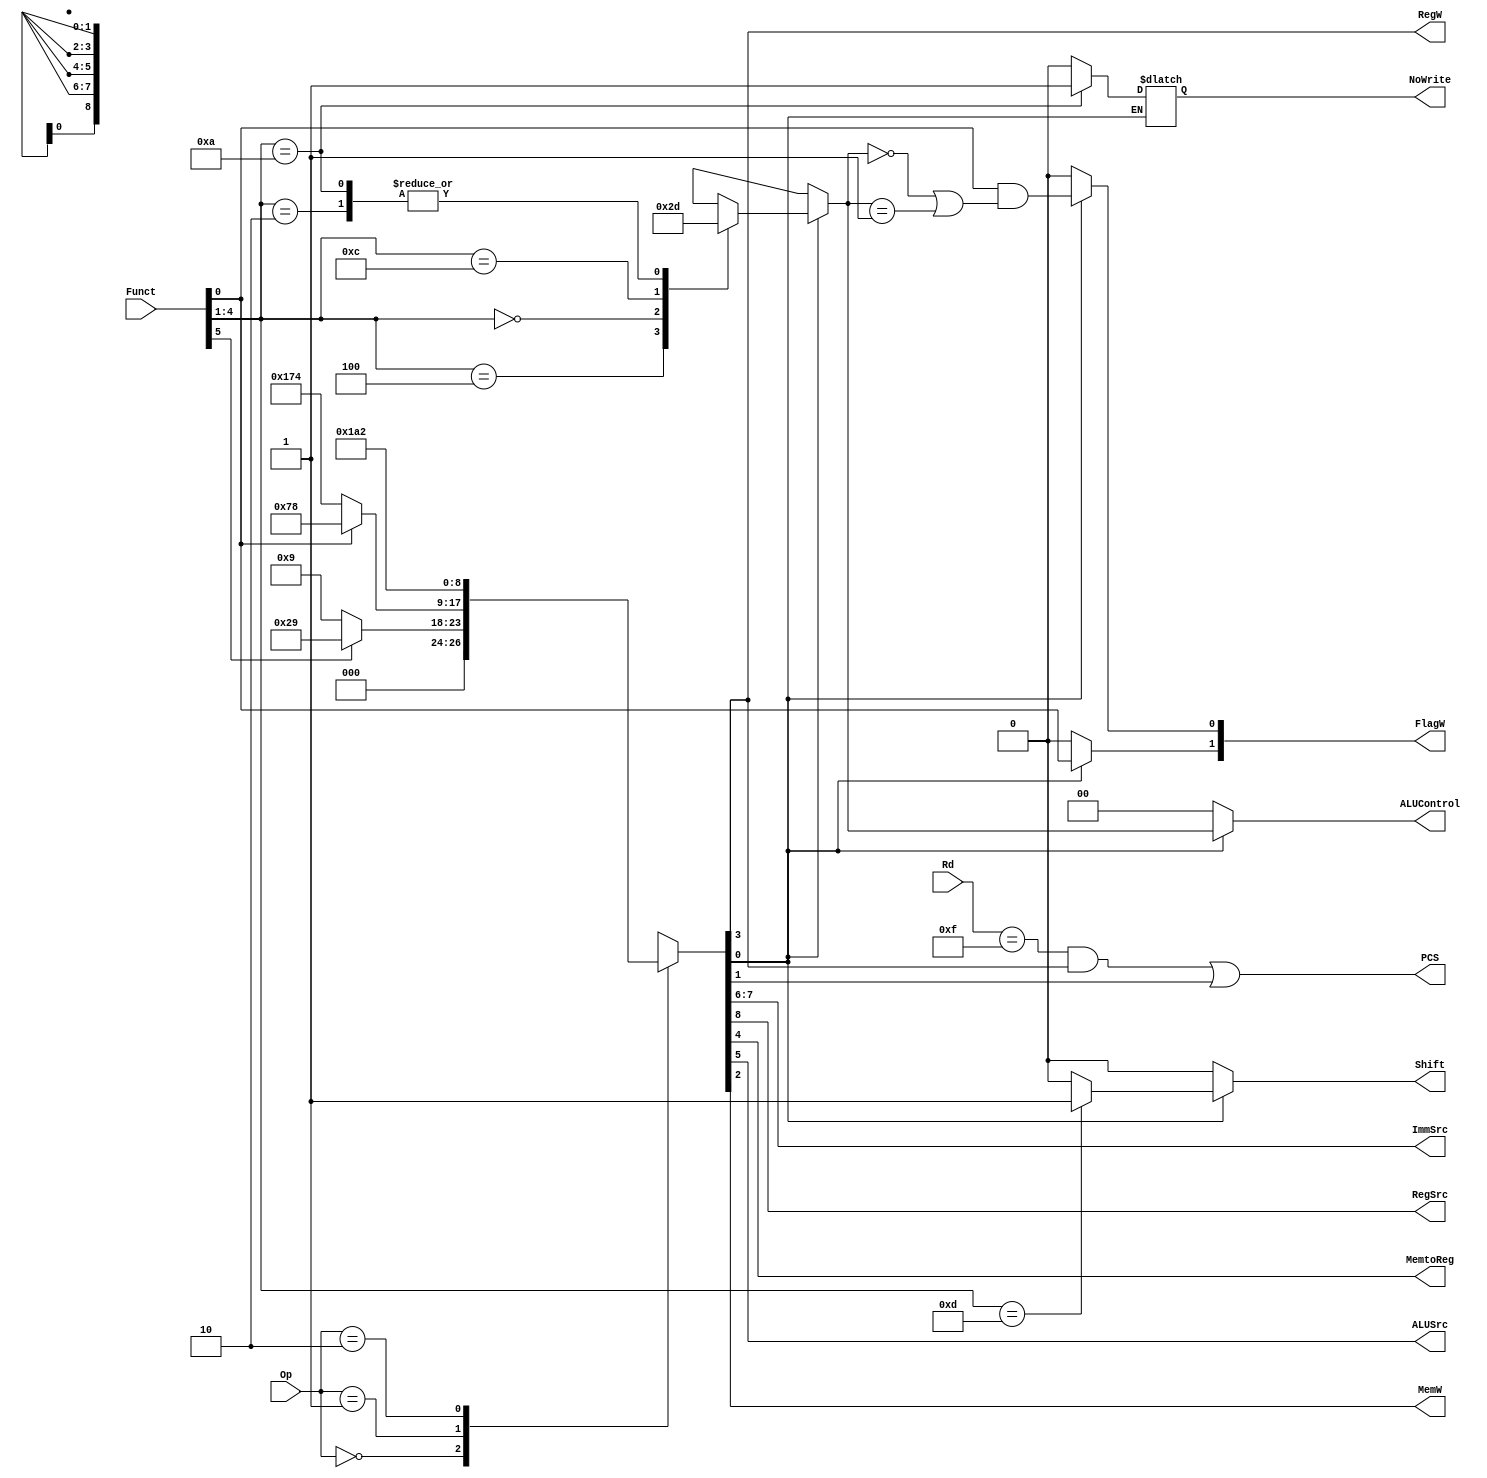
module DEC(input [1:0] Op,
			  input [5:0] Funct,
			  input [3:0] Rd,
			  output [1:0]  ImmSrc, 
			  output RegSrc,
			  output reg NoWrite,Shift,
			  output MemtoReg, ALUSrc, RegW, MemW, PCS,
			  output reg [1:0] ALUControl, FlagW
				);
	  reg [8:0] controls;
	  wire Branch, ALUOp;
	  
	// Main Decoder
	always
		casex(Op)
			
			2'b00: if (Funct[5]) controls = 9'b000101001; // Data-processing immediate
					 else controls = 9'b000001001; // Data-processing register
					 
			2'b01: if (Funct[0]) controls = 9'b001111000; // LDR
					 else controls = 9'b101110100; // STR
					 
			2'b10: controls = 9'b110100010; // B 
			
			default: controls = 9'bx; // Unimplemented
		endcase
		
	assign {RegSrc, ImmSrc, ALUSrc, MemtoReg, RegW, MemW, Branch, ALUOp} = controls;
	
	// ALU Decoder
	always
		if (ALUOp) 
			begin // which DP Instr?
				case(Funct[4:1])
					4'b0100: begin
									ALUControl = 2'b00; // ADD
									NoWrite=0;
									Shift=0;
								end
					4'b0010: begin
									ALUControl = 2'b01; // SUB
									NoWrite=0;
									Shift=0;
								end
					4'b0000: begin
									ALUControl = 2'b10; // AND
									NoWrite=0;
									Shift=0;
								end
					4'b1100: begin
									ALUControl = 2'b11; // ORR
									NoWrite=0;
									Shift=0;
								end
					4'b1010: begin 					  // CMP
									NoWrite=1;
									ALUControl = 2'b01; 
									Shift=0;
								end
					4'b1101: begin 
									NoWrite=0;
									ALUControl = 2'bx;  // LSR, LSL
									Shift=1;
								end		
					
					default: begin 
									NoWrite=0;
									ALUControl = 2'bx;  // unimplemented
									Shift=0;
								end		 
				endcase
			// update flags if S bit is set (C & V only for arith)
			FlagW[1] = Funct[0];
			FlagW[0] = Funct[0] & (ALUControl == 2'b00 | ALUControl == 2'b01);
			end 
		else 
			begin
				ALUControl = 2'b00; // add for non-DP instructions
				FlagW = 2'b00; // don't update Flags
				Shift = 0;
			end
			
	// PC  
	assign PCS = ((Rd == 4'b1111) & RegW) | Branch;
endmodule